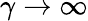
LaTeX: \gamma\rightarrow\infty